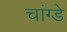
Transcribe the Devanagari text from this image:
चांग्डे